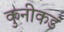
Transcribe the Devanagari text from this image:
कुनीकडं